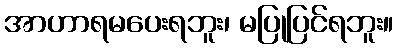
အာဟာရမပေးရဘူး၊ မပြုပြင်ရဘူး။